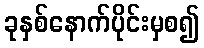
ခုနှစ်နောက်ပိုင်းမှစ၍